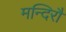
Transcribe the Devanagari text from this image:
मन्दिरौ